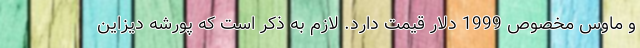
و ماوس مخصوص 1999 دلار قیمت دارد. لازم به ذکر است که پورشه دیزاین